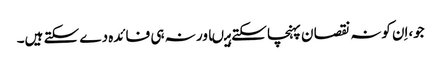
جو،اِن کونہ نقصا ن پہنچا سکتے ہیںاور نہ ہی فائدہ دے سکتے ہیں۔